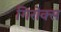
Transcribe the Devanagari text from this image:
गिरोक्स